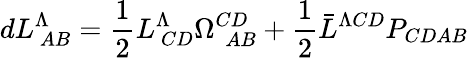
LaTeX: dL_{\ AB}^{\Lambda}={\frac{1}{2}}L_{\ CD}^{\Lambda}\Omega_{\ \ AB}^{CD}+{\frac{1}{2}}\bar{L}^{\Lambda CD}P_{CDAB}